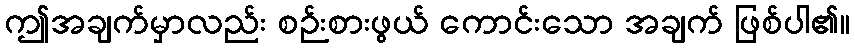
ဤအချက်မှာလည်း စဉ်းစားဖွယ် ကောင်းသော အချက် ဖြစ်ပါ၏။